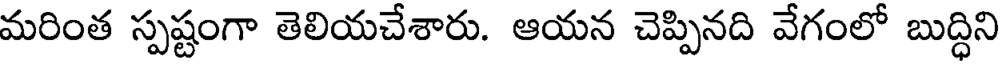
మరింత స్పష్టంగా తెలియచేశారు. ఆయన చెప్పినది వేగంలో బుద్ధిని